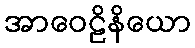
အာဝေဠိနိယော